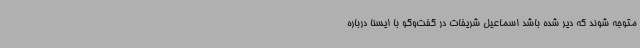
متوجه شوند که دیر شده باشد اسماعیل شریفات در گفت‌وگو با ایسنا درباره